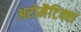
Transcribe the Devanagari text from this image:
अरोमैटिक्स